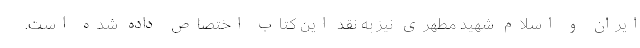
ایران و اسلام شهید مطهری نیز به نقد این کتاب اختصاص داده شده است.